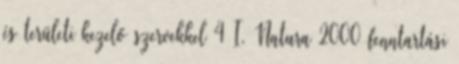
és területi kezelő szervekkel 4 I. Natura 2000 fenntartási